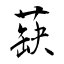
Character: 蒛